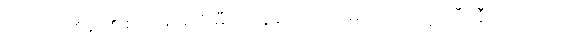
သော်တာစိန် ၏ စကား မဆုံးမီ ကိုထွန်းအောင် မျက်ထောင့် ကြီး နီ လာသည် ။